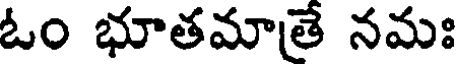
ఓం భూతమాతే నమః